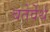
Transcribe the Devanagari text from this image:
बतेर्वेर्थ